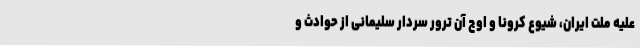
علیه ملت ایران، شیوع کرونا و اوج آن ترور سردار سلیمانی از حوادث و